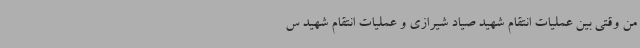
من وقتی بین عملیات انتقام شهید صیاد شیرازی و عملیات انتقام شهید س